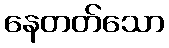
နေတတ်သော